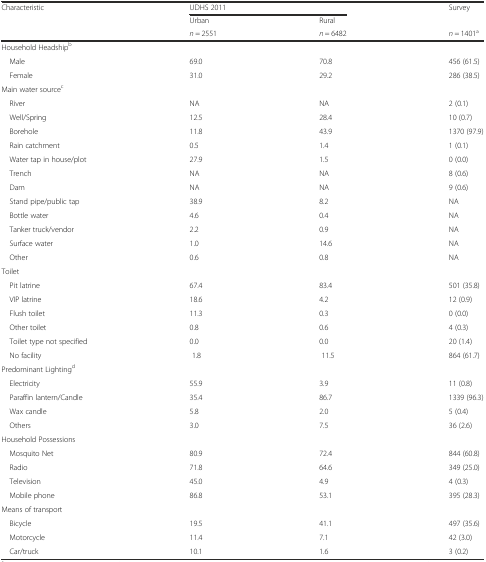
<table><thead><tr><td rowspan="2"><b>Characteristic</b></td><td colspan="2"><b>UDHS 2011</b></td><td><b>Survey</b></td></tr><tr><td><b>Urban</b></td><td><b>Rural</b></td><td></td></tr><tr><td></td><td><b><i>n</i> = 2551</b></td><td><b><i>n</i> = 6482</b></td><td><b><i>n</i> = 1401<sup>a</sup></b></td></tr></thead><tbody><tr><td colspan="4">Household Headship<sup>b</sup></td></tr><tr><td> Male</td><td>69.0</td><td>70.8</td><td>456 (61.5)</td></tr><tr><td> Female</td><td>31.0</td><td>29.2</td><td>286 (38.5)</td></tr><tr><td colspan="4">Main water source<sup>c</sup></td></tr><tr><td> River</td><td>NA</td><td>NA</td><td>2 (0.1)</td></tr><tr><td> Well/Spring</td><td>12.5</td><td>28.4</td><td>10 (0.7)</td></tr><tr><td> Borehole</td><td>11.8</td><td>43.9</td><td>1370 (97.9)</td></tr><tr><td> Rain catchment</td><td>0.5</td><td>1.4</td><td>1 (0.1)</td></tr><tr><td> Water tap in house/plot</td><td>27.9</td><td>1.5</td><td>0 (0.0)</td></tr><tr><td> Trench</td><td>NA</td><td>NA</td><td>8 (0.6)</td></tr><tr><td> Dam</td><td>NA</td><td>NA</td><td>9 (0.6)</td></tr><tr><td> Stand pipe/public tap</td><td>38.9</td><td>8.2</td><td>NA</td></tr><tr><td> Bottle water</td><td>4.6</td><td>0.4</td><td>NA</td></tr><tr><td> Tanker truck/vendor</td><td>2.2</td><td>0.9</td><td>NA</td></tr><tr><td> Surface water</td><td>1.0</td><td>14.6</td><td>NA</td></tr><tr><td> Other</td><td>0.6</td><td>0.8</td><td>NA</td></tr><tr><td colspan="4">Toilet</td></tr><tr><td> Pit latrine</td><td>67.4</td><td>83.4</td><td>501 (35.8)</td></tr><tr><td> VIP latrine</td><td>18.6</td><td>4.2</td><td>12 (0.9)</td></tr><tr><td> Flush toilet</td><td>11.3</td><td>0.3</td><td>0 (0.0)</td></tr><tr><td> Other toilet</td><td>0.8</td><td>0.6</td><td>4 (0.3)</td></tr><tr><td> Toilet type not specified</td><td>0.0</td><td>0.0</td><td>20 (1.4)</td></tr><tr><td> No facility</td><td> 1.8</td><td> 11.5</td><td>864 (61.7) </td></tr><tr><td colspan="4">Predominant Lighting<sup>d</sup></td></tr><tr><td> Electricity</td><td>55.9</td><td>3.9</td><td>11 (0.8)</td></tr><tr><td> Paraffin lantern/Candle</td><td>35.4</td><td>86.7</td><td>1339 (96.3)</td></tr><tr><td> Wax candle</td><td>5.8</td><td>2.0</td><td>5 (0.4)</td></tr><tr><td> Others</td><td>3.0</td><td>7.5</td><td>36 (2.6)</td></tr><tr><td colspan="4">Household Possessions</td></tr><tr><td> Mosquito Net</td><td>80.9</td><td>72.4</td><td>844 (60.8)</td></tr><tr><td> Radio</td><td>71.8</td><td>64.6</td><td>349 (25.0)</td></tr><tr><td> Television</td><td>45.0</td><td>4.9</td><td>4 (0.3)</td></tr><tr><td> Mobile phone</td><td>86.8</td><td>53.1</td><td>395 (28.3)</td></tr><tr><td colspan="4">Means of transport</td></tr><tr><td> Bicycle</td><td>19.5</td><td>41.1</td><td>497 (35.6)</td></tr><tr><td> Motorcycle</td><td>11.4</td><td>7.1</td><td>42 (3.0)</td></tr><tr><td> Car/truck</td><td>10.1</td><td>1.6</td><td>3 (0.2)</td></tr></tbody></table>